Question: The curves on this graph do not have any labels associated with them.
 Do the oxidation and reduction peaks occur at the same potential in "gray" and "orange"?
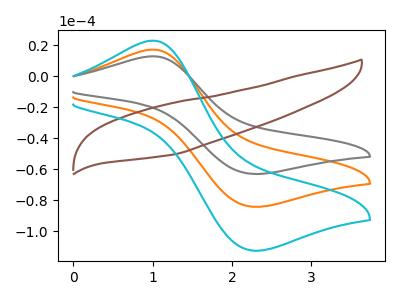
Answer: <think>The orange curve "orange" has an anodic peak at (1.00V, 17.15uA) and a cathodic peak at (2.25V, -84.10uA). The gray curve "gray" has an anodic peak at (1.00V, 12.85uA) and a cathodic peak at (2.25V, -62.95uA). The brown curve "brown" has no peaks. The cyan curve "cyan" has an anodic peak at (1.00V, 34.30uA) and a cathodic peak at (2.25V, -168.15uA).</think>
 <answer>Yes, "gray" have a peak in "orange" at the same potential.</answer>
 <eval>match</eval>